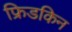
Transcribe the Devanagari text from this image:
फ्रिडकिन